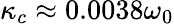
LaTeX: \kappa_{c}\approx 0.0038\omega_{0}